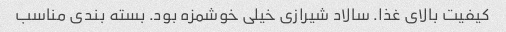
کیفیت بالای غذا. سالاد شیرازی خیلی خوشمزه بود. بسته بندی مناسب